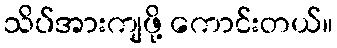
သိပ်အားကျဖို့ ကောင်းတယ်။